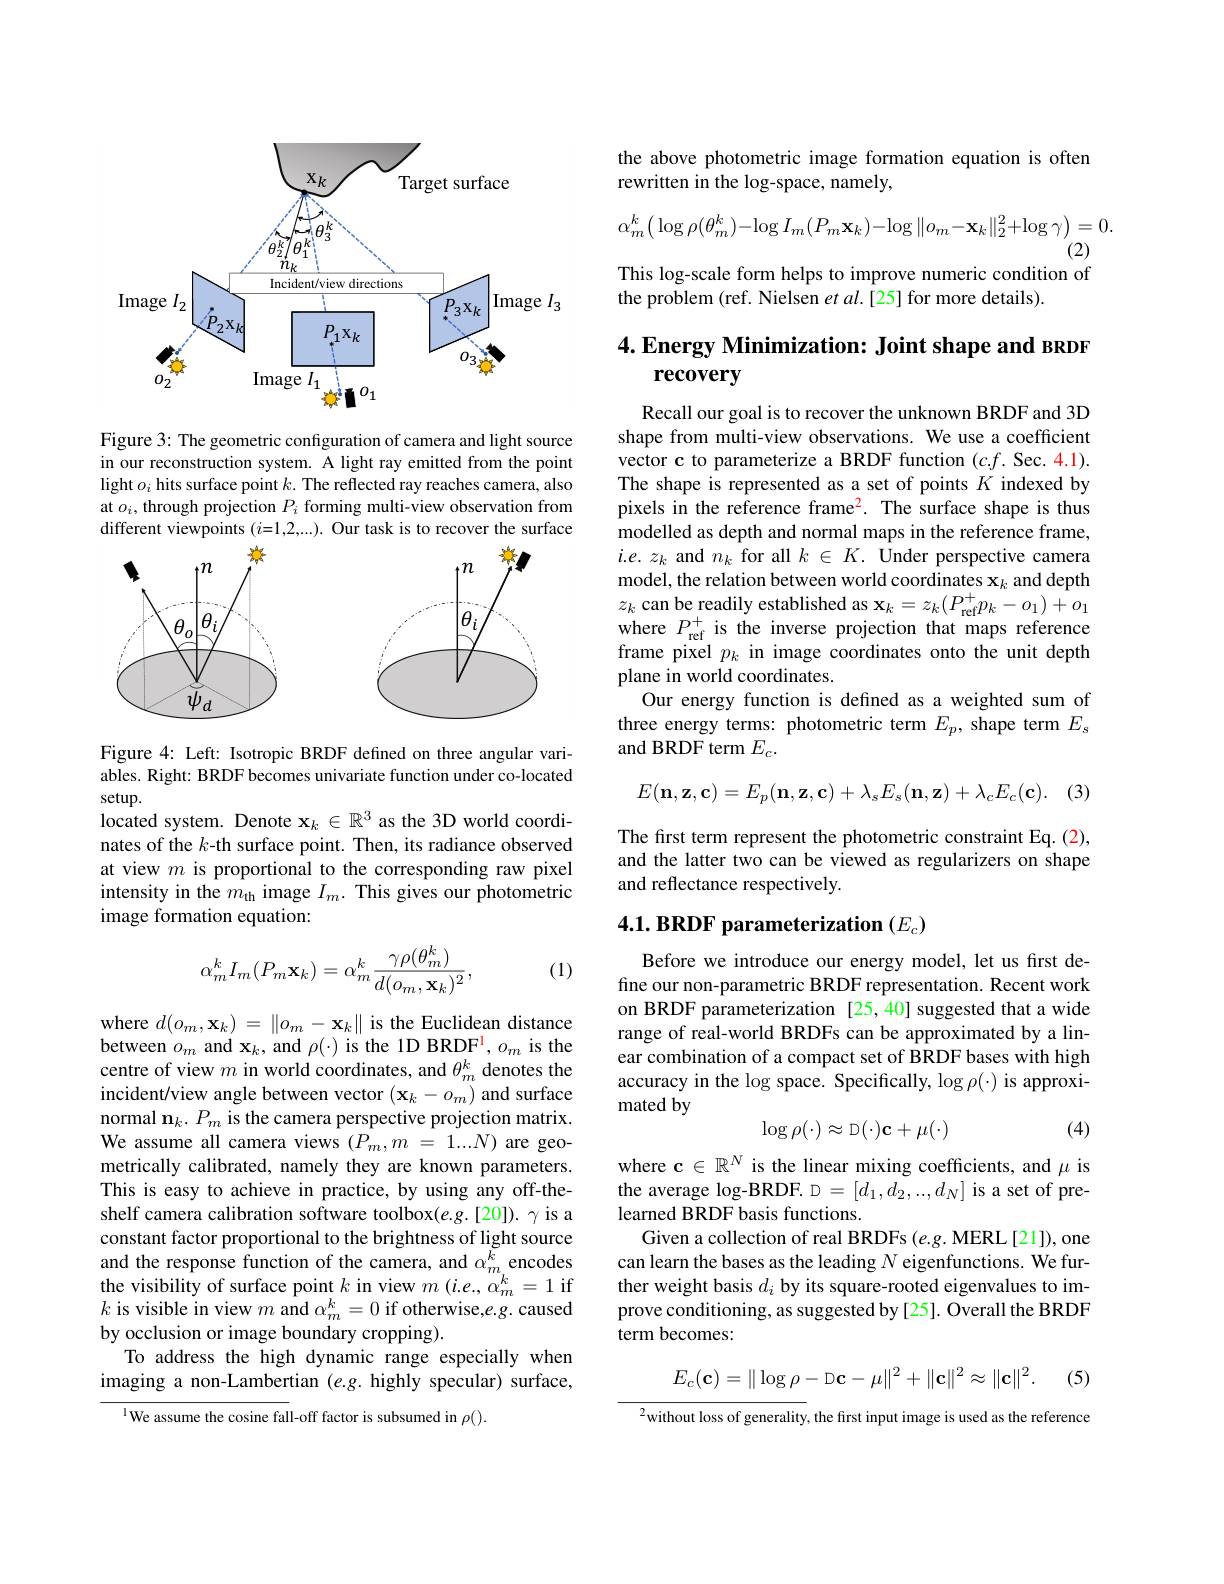
<FigureHere>

Figure 3: The geometric configuration of camera and light source in our reconstruction system. A light ray emitted from the point light $o_i$ hits surface point $k.$ The reflected ray reaches camera, also at $o_i$, through projection $P_i$ forming multi-view observation from different viewpoints ($i=1,2,....).$ Our task is to recover the surface

<FigureHere>

Figure 4: Left: Isotropic BRDF defined on three angular variables. Right: BRDF becomes univariate function under co-located setup.

located system. Denote $\mathbf{x}_k\in\mathbb{R}^3$ as the 3D world coordinates of the $k$-th surface point. Then, its radiance observed at view $m$ is proportional to the corresponding raw pixel intensity in the $m_\mathrm{th}$ image $I_m.$ This gives our photometric image formation equation:

(1)
$$\alpha_m^kI_m(P_m\mathbf{x}_k)=\alpha_m^k\frac{\gamma\rho(\theta_m^k)}{d(o_m,\mathbf{x}_k)^2},$$
$\begin{array}{l}\mathrm{where~}d(o_{m},\mathbf{x}_{k})=\left\|o_{m}-\mathbf{x}_{k}\right\|\text{ is the Euclidean distance}\\\mathrm{between~}o_{m}\mathrm{~and~}\mathbf{x}_{k},\mathrm{~and~}\rho(\cdot)\mathrm{~is~the~}1\text{D BRDF}^{1},o_{m}\mathrm{~is~the}\end{array}$ centre of view $m$ in world coordinates, and $\theta_m^k$ denotes the incident/view angle between vector $(\mathbf{x}_k-o_m)$ and surface normal $\mathbf{n}_k.P_m$ is the camera perspective projection matrix. We assume all camera views $(P_m,m=1...N)$ are geometrically calibrated, namely they are known parameters. This is easy to achieve in practice, by using any off-theshelf camera calibration software toolbox(e.g.[20]). γis a constant factor proportional to the brightness of light source and the response function of the camera, and $\alpha_{m}^{\breve{k}}$ encodes the visibility of surface point $k$ in view $m$ (i.e., $\alpha_m^k=1$ if $k$ is visible in view $m$ and $\alpha_m^k=0$ if otherwise,e.g. caused by occlusion or image boundary cropping).
To address the high dynamic range especially when imaging a non-Lambertian (e.g. highly specular) surface,

$^{\mathrm{l}}$We assume the cosine fall-off factor is subsumed in $\rho().$

## the above photometric image formation equation is often rewritten in the log-space, namely,
$$\alpha_{m}^{k}\left(\log\rho(\theta_{m}^{k})-\log I_{m}(P_{m}\mathbf{x}_{k})-\log\|o_{m}-\mathbf{x}_{k}\|_{2}^{2}+\log\gamma\right)=0.$$
(2)

This log-scale form helps to improve numeric condition of
the problem (ref. Nielsen $etal.[25]$ for more details).

## $4. \textbf{ Energy Minimization: Joint shape and BRDF}$ $\mathbf{recovery}$

Recall our goal is to recover the unknown BRDF and 3D shape from multi-view observations. We use a coefficient vector c to parameterize a BRDF function $(c.f.$ Sec. 4.1). The shape is represented as a set of points $K$ indexed by pixels in the reference frame$^2.$ The surface shape is thus modelled as depth and normal maps in the reference frame, $i.e.z_{k}$ and $n_k$ for all $k\in K.$ Under perspective camera model, the relation between world coordinates $\mathbf{x}_k$ and depth $z_{k}$ can be readily established as $\mathbf{x}_k=z_k(P_\text{ref}^{+}p_k-o_1)+o_1$ where $P_{\mathrm{ref}}^{+}$ is the inverse projection that maps reference frame pixel $p_k$ in image coordinates onto the unit depth plane in world coordinates.
Our energy function is defined as a weighted sum of three energy terms: photometric term $E_p$, shape term $E_s$ and BRDF term $E_c.$

(3)
$$E(\mathbf{n},\mathbf{z},\mathbf{c})=E_p(\mathbf{n},\mathbf{z},\mathbf{c})+\lambda_sE_s(\mathbf{n},\mathbf{z})+\lambda_cE_c(\mathbf{c}).$$
The first term represent the photometric constraint Eq. (2), and the latter two can be viewed as regularizers on shape and reflectance respectively

# 4.1. BRDF parameterization $(E_c)$

Before we introduce our energy model, let us first define our non-parametric BRDF representation. Recent work on BRDF parameterization [25,40] suggested that a wide range of real-world BRDFs can be approximated by a linear combination of a compact set of BRDF bases with high accuracy in the log space. Specifically, $\log\rho(\cdot)$ is approximated by
$$\log\rho(\cdot)\approx\text{D}(\cdot)\textbf{c}+\mu(\cdot)$$
(4)

where c $\in\mathbb{R}^N$ is the linear mixing coefficients, and $\mu$ is learned BRDF basis functions.
Given a collection of real BRDFs (e.g. MERL[21]), one can learn the bases as the leading $N$ eigenfunctions. We further weight basis $d_i$ by its square-rooted eigenvalues to improve conditioning, as suggested by [25]. Overall the BRDF term becomes:
$$E_c(\mathbf{c})=\|\log\rho-\text{D}\mathbf{c}-\mu\|^2+\|\mathbf{c}\|^2\approx\|\mathbf{c}\|^2.$$
(5)

$^{2}$without loss of generality, the first input image is used as the reference